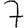
Digit: 7